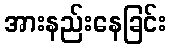
အားနည်းနေခြင်း